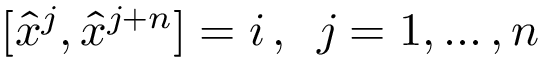
[ \hat { x } ^ { j } , \hat { x } ^ { j + n } ] = i \, , \enspace j = 1 , \dots , n